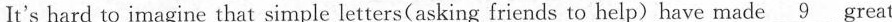
It's hard to imagine that simple letters(asking friends to help)have made \underline{9} great